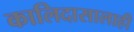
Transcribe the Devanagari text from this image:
कालिदासालाही